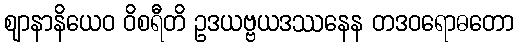
ဈာနာနိယေဝ ဝိစရီတိ ဥဒယဗ္ဗယဒဿနေန တဒဝရောဓတော